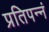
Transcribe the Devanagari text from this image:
प्रतिपन्नं